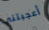
أعجبتني